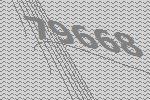
79668